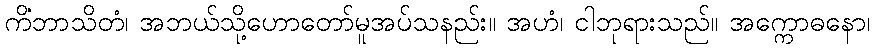
ကိံဘာသိတံ၊ အဘယ်သို့ဟောတော်မူအပ်သနည်း။ အဟံ၊ ငါဘုရားသည်။ အက္ကောဓနော၊